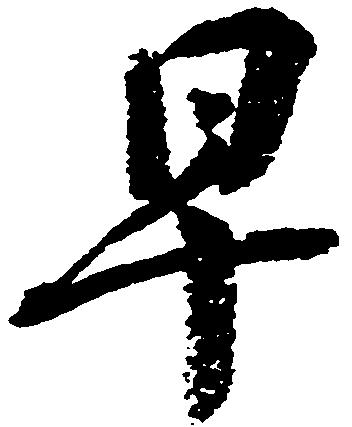
早